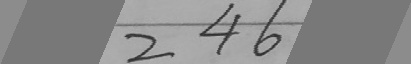
2 4 6